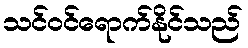
သင်ဝင်ရောက်နိုင်သည်